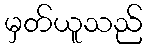
မှတ်ယူသည်